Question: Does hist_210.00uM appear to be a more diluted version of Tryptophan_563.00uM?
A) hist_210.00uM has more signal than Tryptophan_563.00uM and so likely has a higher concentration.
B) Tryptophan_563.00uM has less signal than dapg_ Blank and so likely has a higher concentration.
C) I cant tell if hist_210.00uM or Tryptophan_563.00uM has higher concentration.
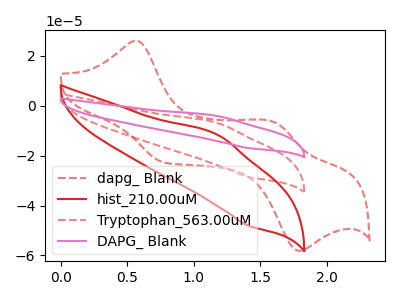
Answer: <think>The red dashed curve "dapg_ Blank" has anodic peaks at (0.60V, 26.15uA) (1.60V, -6.65uA) and cathodic peaks at (0.75V, -22.55uA) (1.80V, -58.15uA). The red curve "hist_210.00uM" has an anodic peak at (1.15V, -11.50uA) and a cathodic peak at (1.40V, -48.05uA). The red dashed curve "Tryptophan_563.00uM" has an anodic peak at (1.15V, -6.80uA) and a cathodic peak at (1.40V, -28.55uA). The pink curve "DAPG_ Blank" has an anodic peak at (1.15V, -13.65uA) and a cathodic peak at (1.40V, -57.10uA).
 All the peaks in "hist_210.00uM" have a peak in "Tryptophan_563.00uM" at the same potential.</think>
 <answer>C) I cant tell if "hist_210.00uM" or "Tryptophan_563.00uM" has higher concentration.</answer>
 <eval>C</eval>